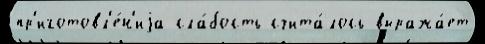
пр'иготовл'е́н'иjа сла́бость счита́лось выража́ет